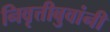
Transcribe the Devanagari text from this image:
निवृत्तीबुवांनी